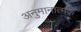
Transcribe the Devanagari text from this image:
अनुमानात्मक